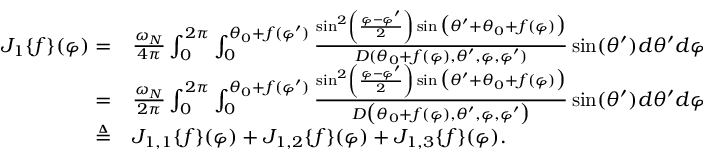
\begin{array} { r l } { J _ { 1 } \{ f \} ( \varphi ) = } & { { } \frac { \omega _ { N } } { 4 \pi } \int _ { 0 } ^ { 2 \pi } \int _ { 0 } ^ { \theta _ { 0 } + f ( \varphi ^ { \prime } ) } \frac { \sin ^ { 2 } \left( \frac { \varphi - \varphi ^ { \prime } } { 2 } \right) \sin \big ( \theta ^ { \prime } + \theta _ { 0 } + f ( \varphi ) \big ) } { D ( \theta _ { 0 } + f ( \varphi ) , \theta ^ { \prime } , \varphi , \varphi ^ { \prime } ) } \sin ( \theta ^ { \prime } ) d \theta ^ { \prime } d \varphi ^ { \prime } } \\ { = } & { { } \frac { \omega _ { N } } { 2 \pi } \int _ { 0 } ^ { 2 \pi } \int _ { 0 } ^ { \theta _ { 0 } + f ( \varphi ^ { \prime } ) } \frac { \sin ^ { 2 } \left( \frac { \varphi - \varphi ^ { \prime } } { 2 } \right) \sin \big ( \theta ^ { \prime } + \theta _ { 0 } + f ( \varphi ) \big ) } { D \big ( \theta _ { 0 } + f ( \varphi ) , \theta ^ { \prime } , \varphi , \varphi ^ { \prime } \big ) } \sin ( \theta ^ { \prime } ) d \theta ^ { \prime } d \varphi ^ { \prime } } \\ { \triangleq } & { { } J _ { 1 , 1 } \{ f \} ( \varphi ) + J _ { 1 , 2 } \{ f \} ( \varphi ) + J _ { 1 , 3 } \{ f \} ( \varphi ) . } \end{array}